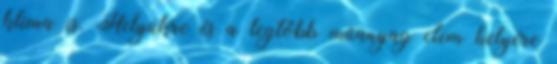
klíma is. Helyükre és a legtöbb műanyag elem helyére